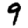
Digit: 9